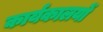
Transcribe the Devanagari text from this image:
कार्यकालयों